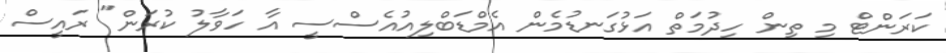
ކަރަންޓް މި ތިން ހިދުމަތް އަޅުގަނޑުމެން އެމްޑަބްލިއުއެސްސީ އާ ހަވާލު ކުރަން" ރައީސް